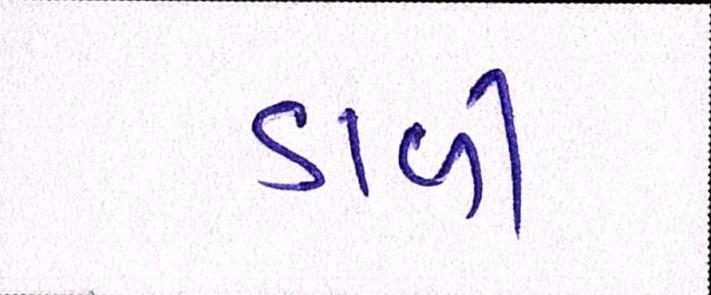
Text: ડાળી